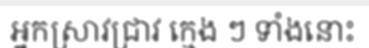
អ្នកស្រាវជ្រាវ ក្មេង ៗ ទាំងនោះ